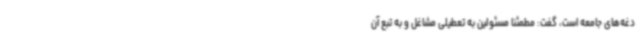
دغه‌های جامعه است، گفت: مطمئنا مسئولین به تعطیلی مشاغل و به تبع آن